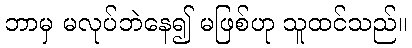
ဘာမှ မလုပ်ဘဲနေ၍ မဖြစ်ဟု သူထင်သည်။